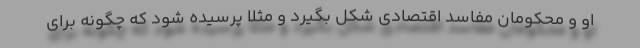
او و محکومان مفاسد اقتصادی شکل بگیرد و مثلاً پرسیده شود که چگونه برای